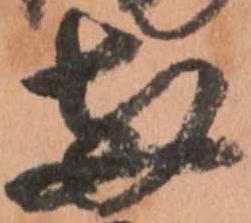
両